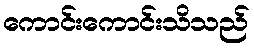
ကောင်းကောင်းသိသည်